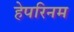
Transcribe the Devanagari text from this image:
हेपरिनम